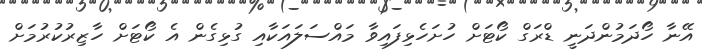
އޭނާ ހޯދަމުންދަނީ ޑްރަގް ކޯޓަށް ހުށަހެޅިފައިވާ މައްސަލައަކާއި ގުޅިގެން އެ ކޯޓަށް ހާޒިރުކުރުމަށް